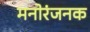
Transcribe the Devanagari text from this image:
मनोरंजनक